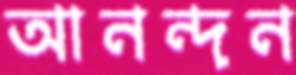
আনন্দন